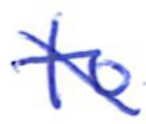
Text: to
Cross-out: mix
Writing tool: ballpoint